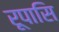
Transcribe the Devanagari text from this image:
रूपासि